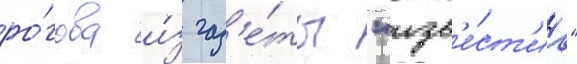
ро́гова и́з газ'е́ты "изв'е́ст'иа"